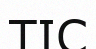
ТІС